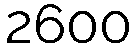
2600